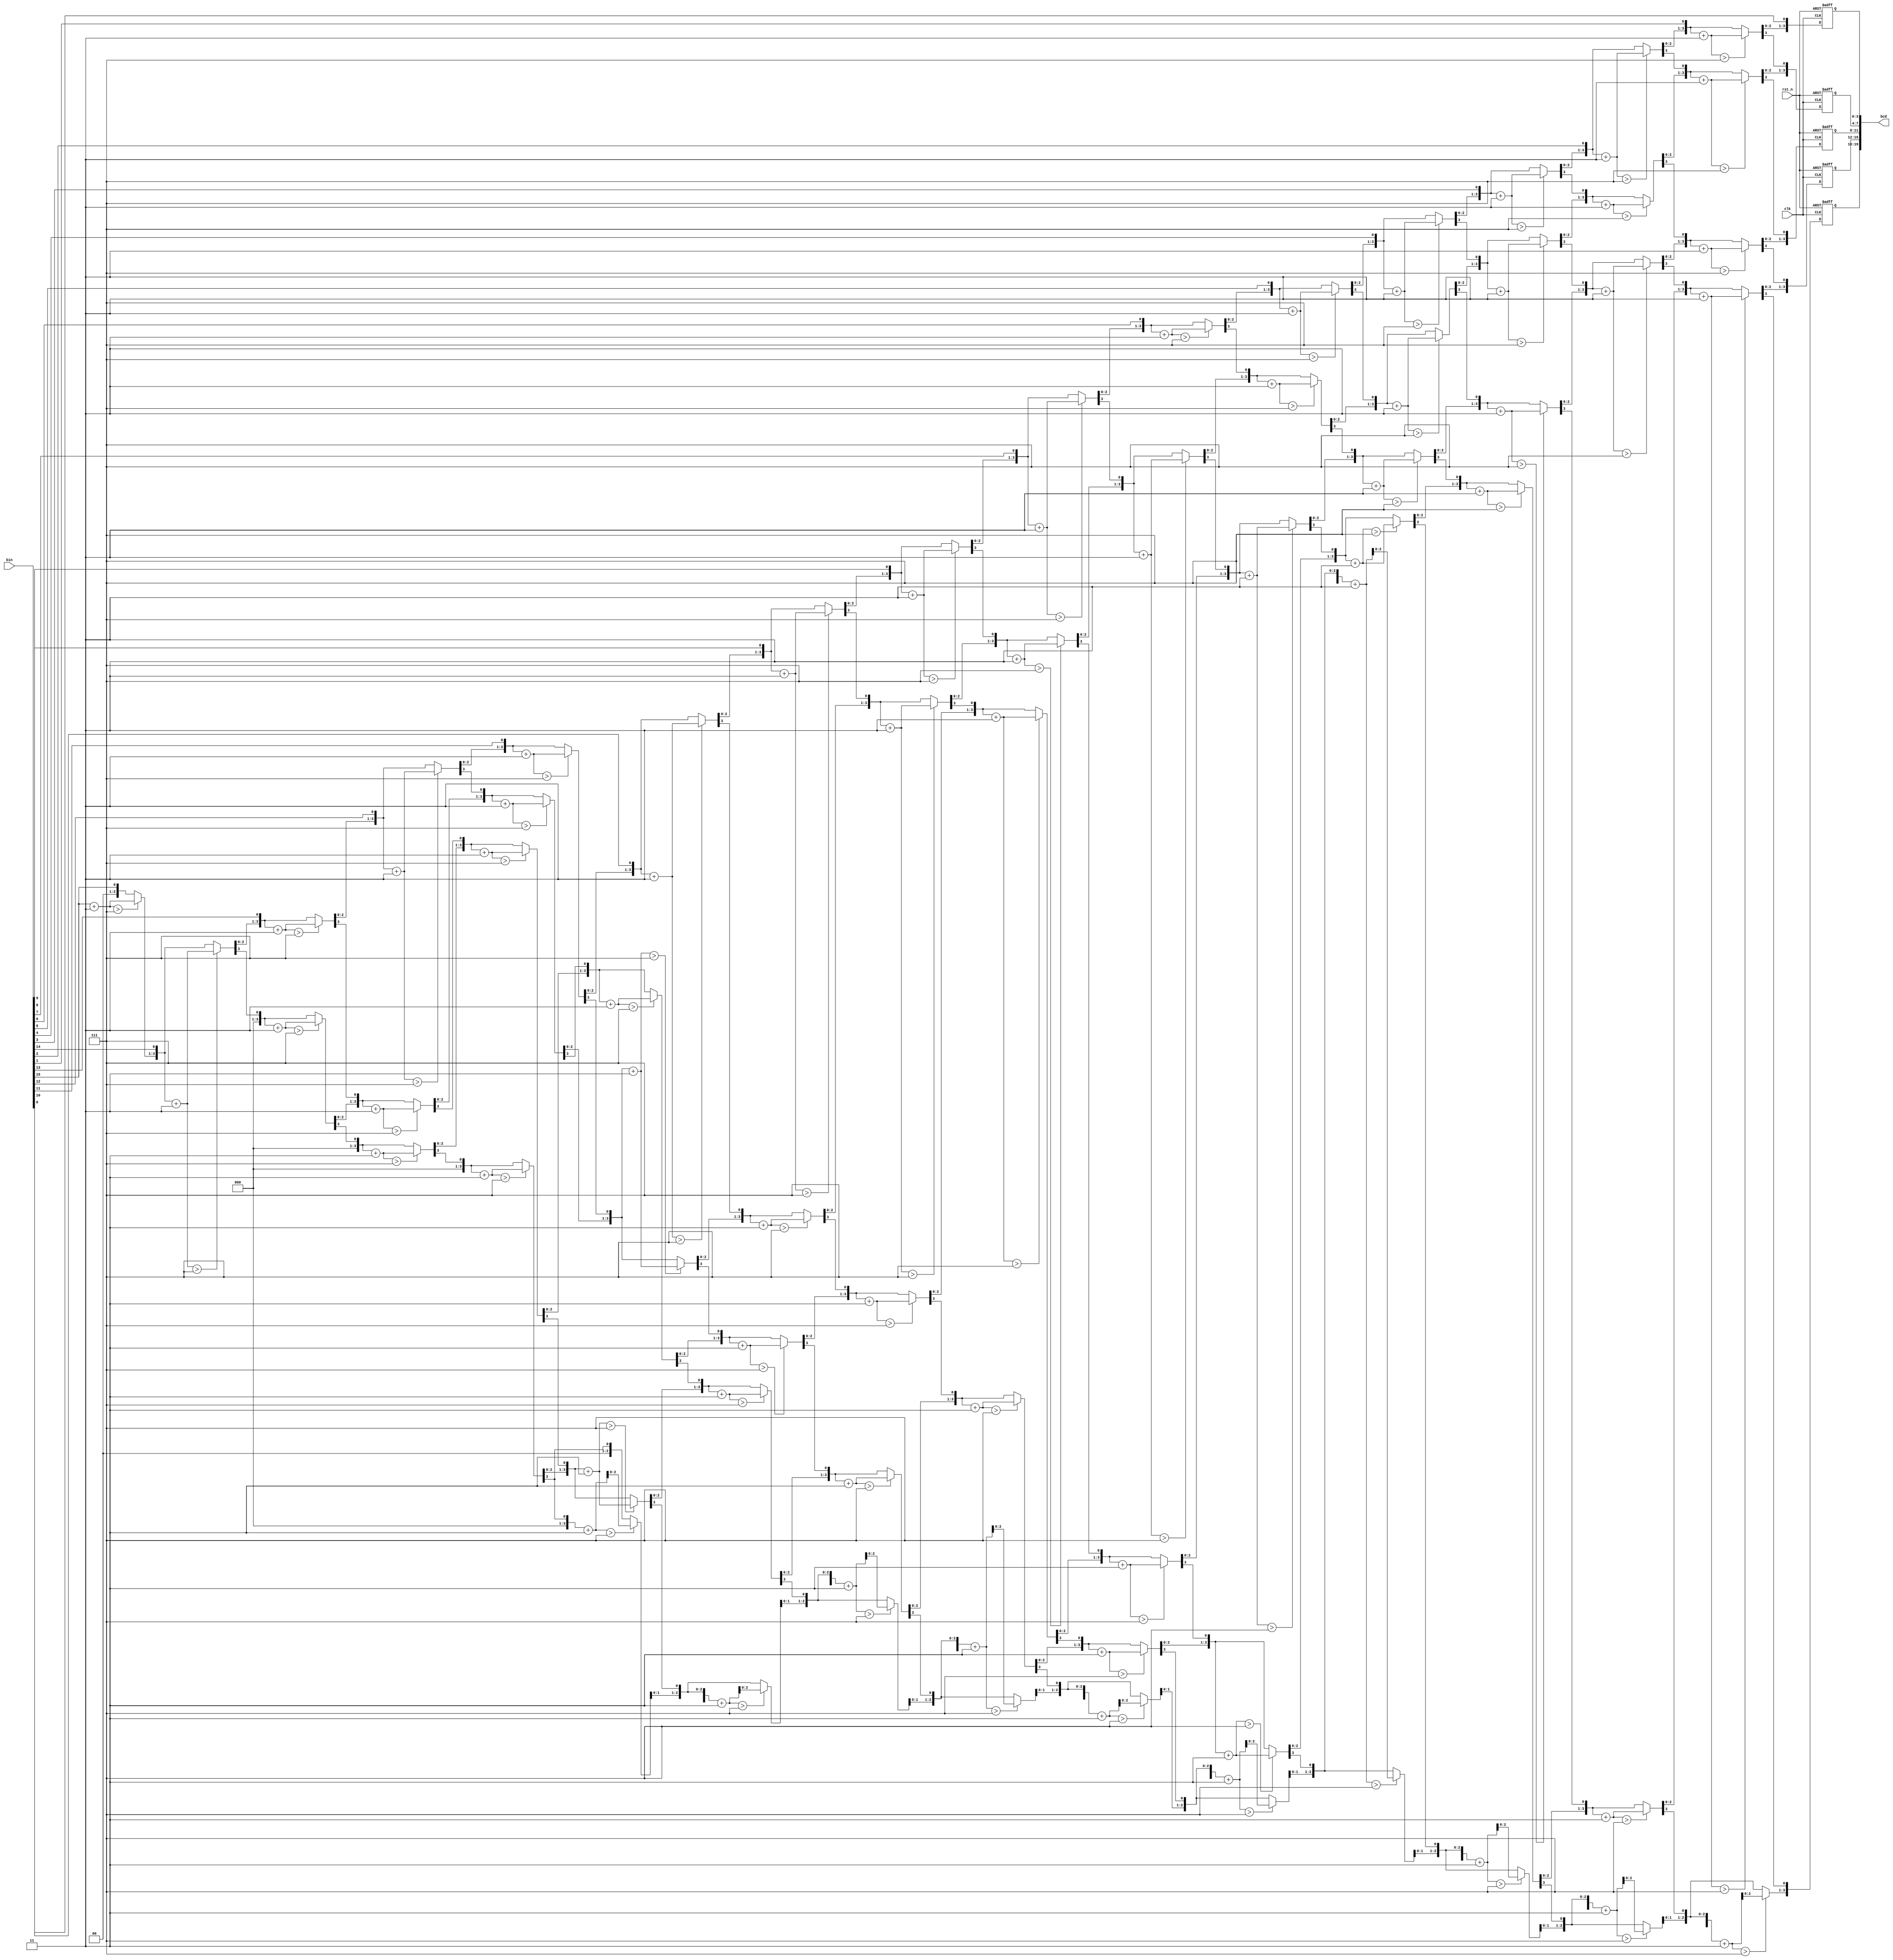
/***************************************************
@function: 16bcd
****************************************************/
`timescale 1ns / 1ps
module bin_bcd_16(
		clk,
		rst_n,
		bin,
		bcd
    );
	 
input  clk,rst_n;
input  [15:0] bin;
output [19:0] bcd;

reg    [3:0] one,ten,hun,tho,wan;
integer I;
reg    [35:0]shift_reg=36'b0;

/*------------------BCD-----------------*/
always @ (posedge clk or negedge rst_n )
begin
shift_reg={19'b0, bin};
	if ( !rst_n )// 
		  begin
			 one<=0;
			 ten<=0;
			 hun<=0;
			 tho<=0;
			 wan<=0; 
		  end
   else 
	begin 
		// 
	   for (I=1; I<=15; I=I+1)
		  begin
				  shift_reg=shift_reg << 1; 
				  
				  if (shift_reg[19:16]+4'b0011>4'b0111)
					  begin
						 shift_reg[19:16]=shift_reg[19:16]+4'b0011;
					  end 
				  if (shift_reg[23:20]+4'b0011>4'b0111)
					  begin
						 shift_reg[23:20]=shift_reg[23:20]+4'b0011;
					  end 
				  if (shift_reg[27:24]+4'b0011>4'b0111)
					  begin
						 shift_reg[27:24]=shift_reg[27:24]+4'b0011;
					  end 
				  if (shift_reg[31:28]+4'b0011>4'b0111)
					  begin
						 shift_reg[31:28]=shift_reg[31:28]+4'b0011;
					  end 
				  if (shift_reg[35:32]+4'b0011>4'b0111)
					  begin
						 shift_reg[35:32]=shift_reg[35:32]+4'b0011;
					  end 		  
		   end
		// BCD
		shift_reg=shift_reg << 1; 
		wan <= shift_reg[35:32];
		tho <= shift_reg[31:28];
		hun <= shift_reg[27:24];
		ten <= shift_reg[23:20];
		one <= shift_reg[19:16];
	end
end

// 
assign bcd[19:16] = wan;
assign bcd[15:12] = tho;
assign bcd[11:8] = hun;
assign bcd[7:4] = ten;
assign bcd[3:0] = one;

endmodule